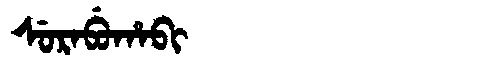
Manchu: ᠰᡠᡵᠠᠪᡠᡥᠠᠪᡳ
Romanization: SURABUHABI